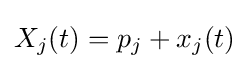
X_{j}(t)=p_{j}+x_{j}(t)